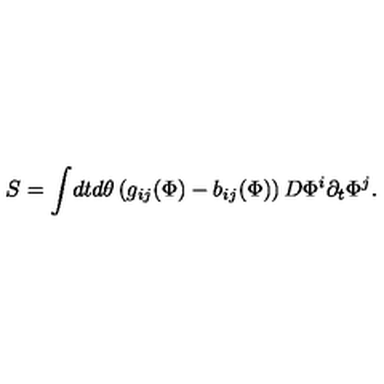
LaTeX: S = \int \! d t d \theta \left( g _ { i j } ( \Phi ) - b _ { i j } ( \Phi ) \right) D \Phi ^ { i } \partial _ { t } \Phi ^ { j } .